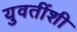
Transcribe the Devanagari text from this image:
युवतींशी